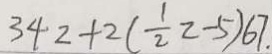
3 4 z + 2 ( \frac { 1 } { 2 } 2 - 5 ) 6 7 .